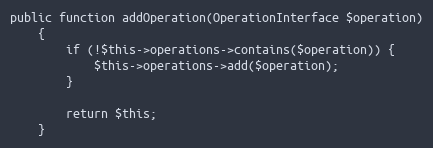
Language: PHP
public function addOperation(OperationInterface $operation)
    {
        if (!$this->operations->contains($operation)) {
            $this->operations->add($operation);
        }

        return $this;
    }